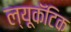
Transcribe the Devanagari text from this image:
ल्यूकॅटिक